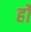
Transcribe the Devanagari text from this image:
र्हो